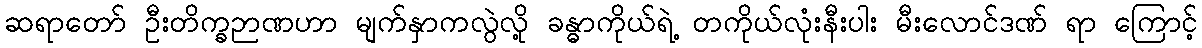
ဆရာတော် ဦးတိက္ခဉာဏဟာ မျက်နှာကလွဲလို့ ခန္ဓာကိုယ်ရဲ့ တကိုယ်လုံးနီးပါး မီးလောင်ဒဏ် ရာ ကြောင့်